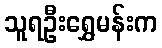
သူရဦးရွှေမန်းက